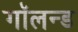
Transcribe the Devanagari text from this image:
गॉलन्ड